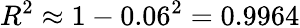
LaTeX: R^{2}\approx 1-0.06^{2}=0.9964